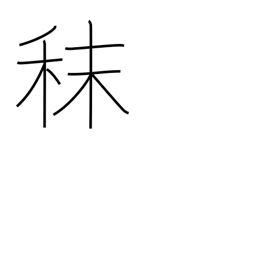
Meaning: fodder